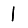
Digit: 1